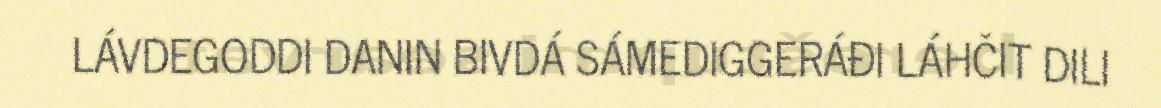
LÁVDEGODDI DANIN BIVDÁ SÁMEDIGGERÁĐI LÁHČIT DILI